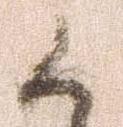
候